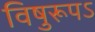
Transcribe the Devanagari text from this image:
विषुरूपऽ